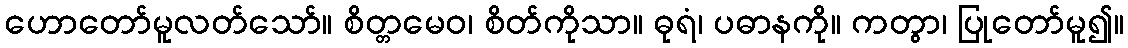
ဟောတော်မူလတ်သော်။ စိတ္တမေဝ၊ စိတ်ကိုသာ။ ဓုရံ၊ ပဓာနကို။ ကတွာ၊ ပြုတော်မူ၍။